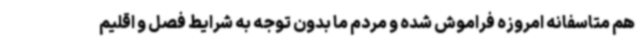
هم متاسفانه امروزه فراموش شده و مردم ما بدون توجه به شرایط فصل و اقلیم